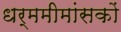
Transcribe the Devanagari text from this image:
धर्ममीमांसकों